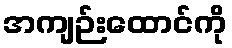
အကျဉ်းထောင်ကို